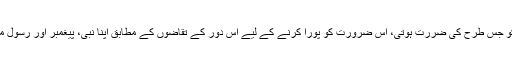
بعد ازاں مخلوق کو جس طرح کی ضررت ہوتی، اُس ضرورت کو پورا کرنے کے لیے اس دور کے تقاضوں کے مطابق اپنا نبی، پیغمبر اور رسول مبعوث فرماتا رہا۔